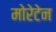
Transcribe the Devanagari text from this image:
मोरेटेन